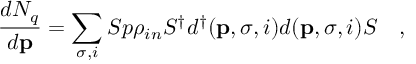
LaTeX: { \frac { d N _ { q } } { d { \bf p } } } = \sum _ { \sigma , i } S p \rho _ { i n } S ^ { \dag } d ^ { \dag } ( { \bf p } , \sigma , i ) d ( { \bf p } , \sigma , i ) S ~ ~ ~ ,